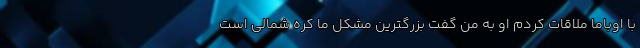
با اوباما ملاقات کردم او به من گفت بزرگترین مشکل ما کره شمالی است